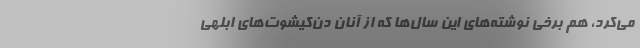
می‌کرد، هم برخی نوشته‌های این سال‌ها که از آنان دُن‌کیشوت‌های ابلهی